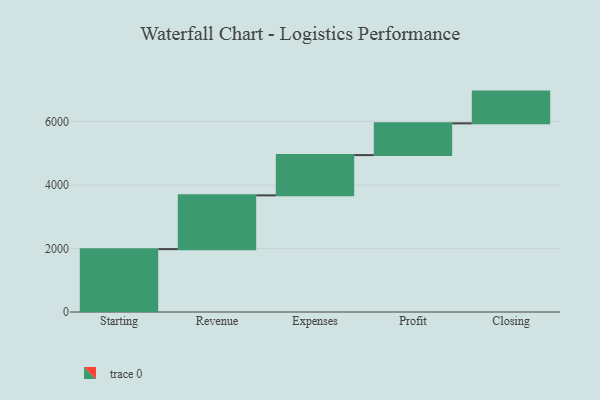
{"axis": {"x": "Step", "y": "Value"}, "legend": [""], "data": [{"x": "Starting", "y": 1980.0, "type": ""}, {"x": "Revenue", "y": 1693.0, "type": ""}, {"x": "Expenses", "y": 1268.0, "type": ""}, {"x": "Profit", "y": 1000, "type": ""}, {"x": "Closing", "y": 1000, "type": ""}]}